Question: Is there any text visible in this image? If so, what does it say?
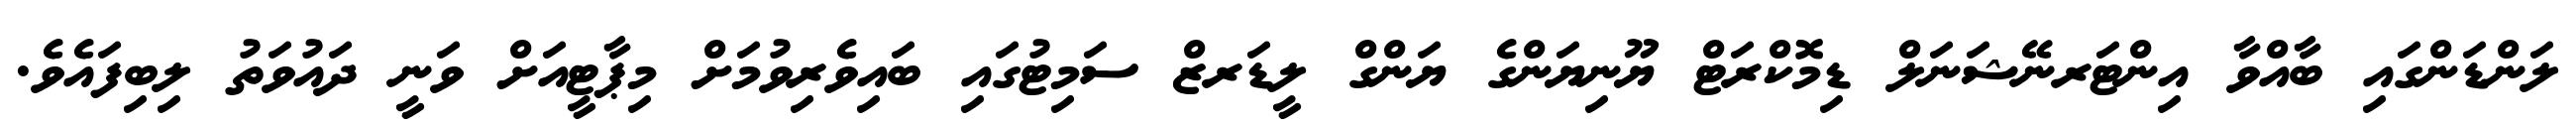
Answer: ލަންޑަންގައި ބާއްވާ އިންޓަރނޭޝަނަލް ޑިމޮކްރަޓް ޔޫނިޔަންގެ ޔަންގް ލީޑަރޒް ސަމިޓުގައި ބައިވެރިވުމަށް މިޕާޓީއަށް ވަނީ ދައުވަތު ލިބިފައެވެ.